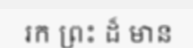
រក ព្រះ ដ៏ មាន